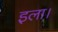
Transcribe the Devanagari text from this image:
इला।